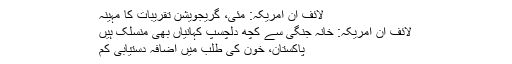
لائف اِن امریکہ: مئی، گریجویشن تقریبات کا مہینہ
لائف اِن امریکہ: خانہ جنگی سے کچھ دلچسپ کہانیاں بھی منسلک ہیں
پاکستان، خون کی طلب میں اضافہ دستیابی کم